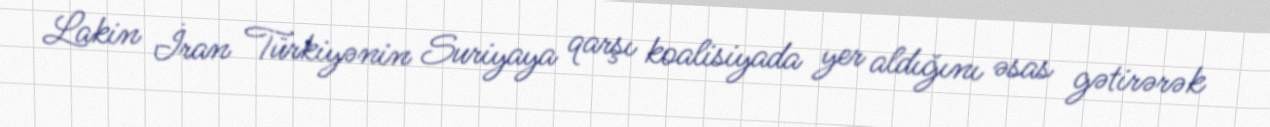
Lakin İran Türkiyənin Suriyaya qarşı koalisiyada yer aldığını əsas gətirərək